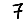
Digit: 7